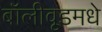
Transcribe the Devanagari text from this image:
बॉलीवूडमधे